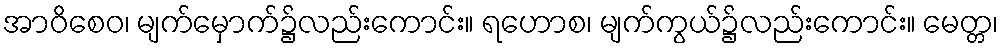
အာဝိစေဝ၊ မျက်မှောက်၌လည်းကောင်း။ ရဟောစ၊ မျက်ကွယ်၌လည်းကောင်း။ မေတ္တ၊